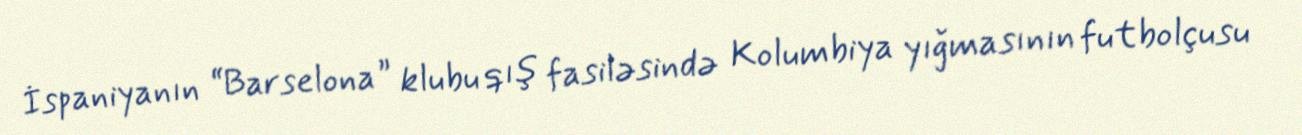
İspaniyanın “Barselona” klubu qış fasiləsində Kolumbiya yığmasının futbolçusu